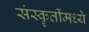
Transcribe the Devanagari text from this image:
संस्कॄतींमध्ये